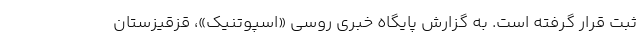
ثبت قرار گرفته است. به گزارش پایگاه خبری روسی «اسپوتنیک»، قزقیزستان